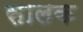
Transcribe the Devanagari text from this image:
सालक